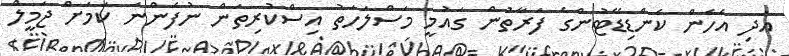
އަދި އެހެން ކެންޑިޑޭޓުންގެ ފަރާތުން ގައުމީ މަސްލަހަތު އިސްކުރިތަން ނުފެންނަ ކަމަށް ޖަމީލް